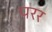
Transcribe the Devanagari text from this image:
परर